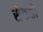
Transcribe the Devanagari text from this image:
सैंकडो